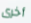
أخرى